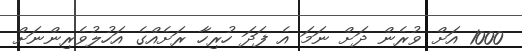
1000 އަށް ވުރެން ދަށް ނަމަ އެ ފަދަ ހުރިހާ ރަށެއްގެ އަހުލުވެރިންނަށް